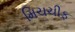
મિચચીફ